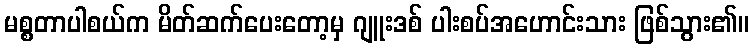
မစ္စတာပါစယ်က မိတ်ဆက်ပေးတော့မှ ဂျူးဒစ် ပါးစပ်အဟောင်းသား ဖြစ်သွား၏။